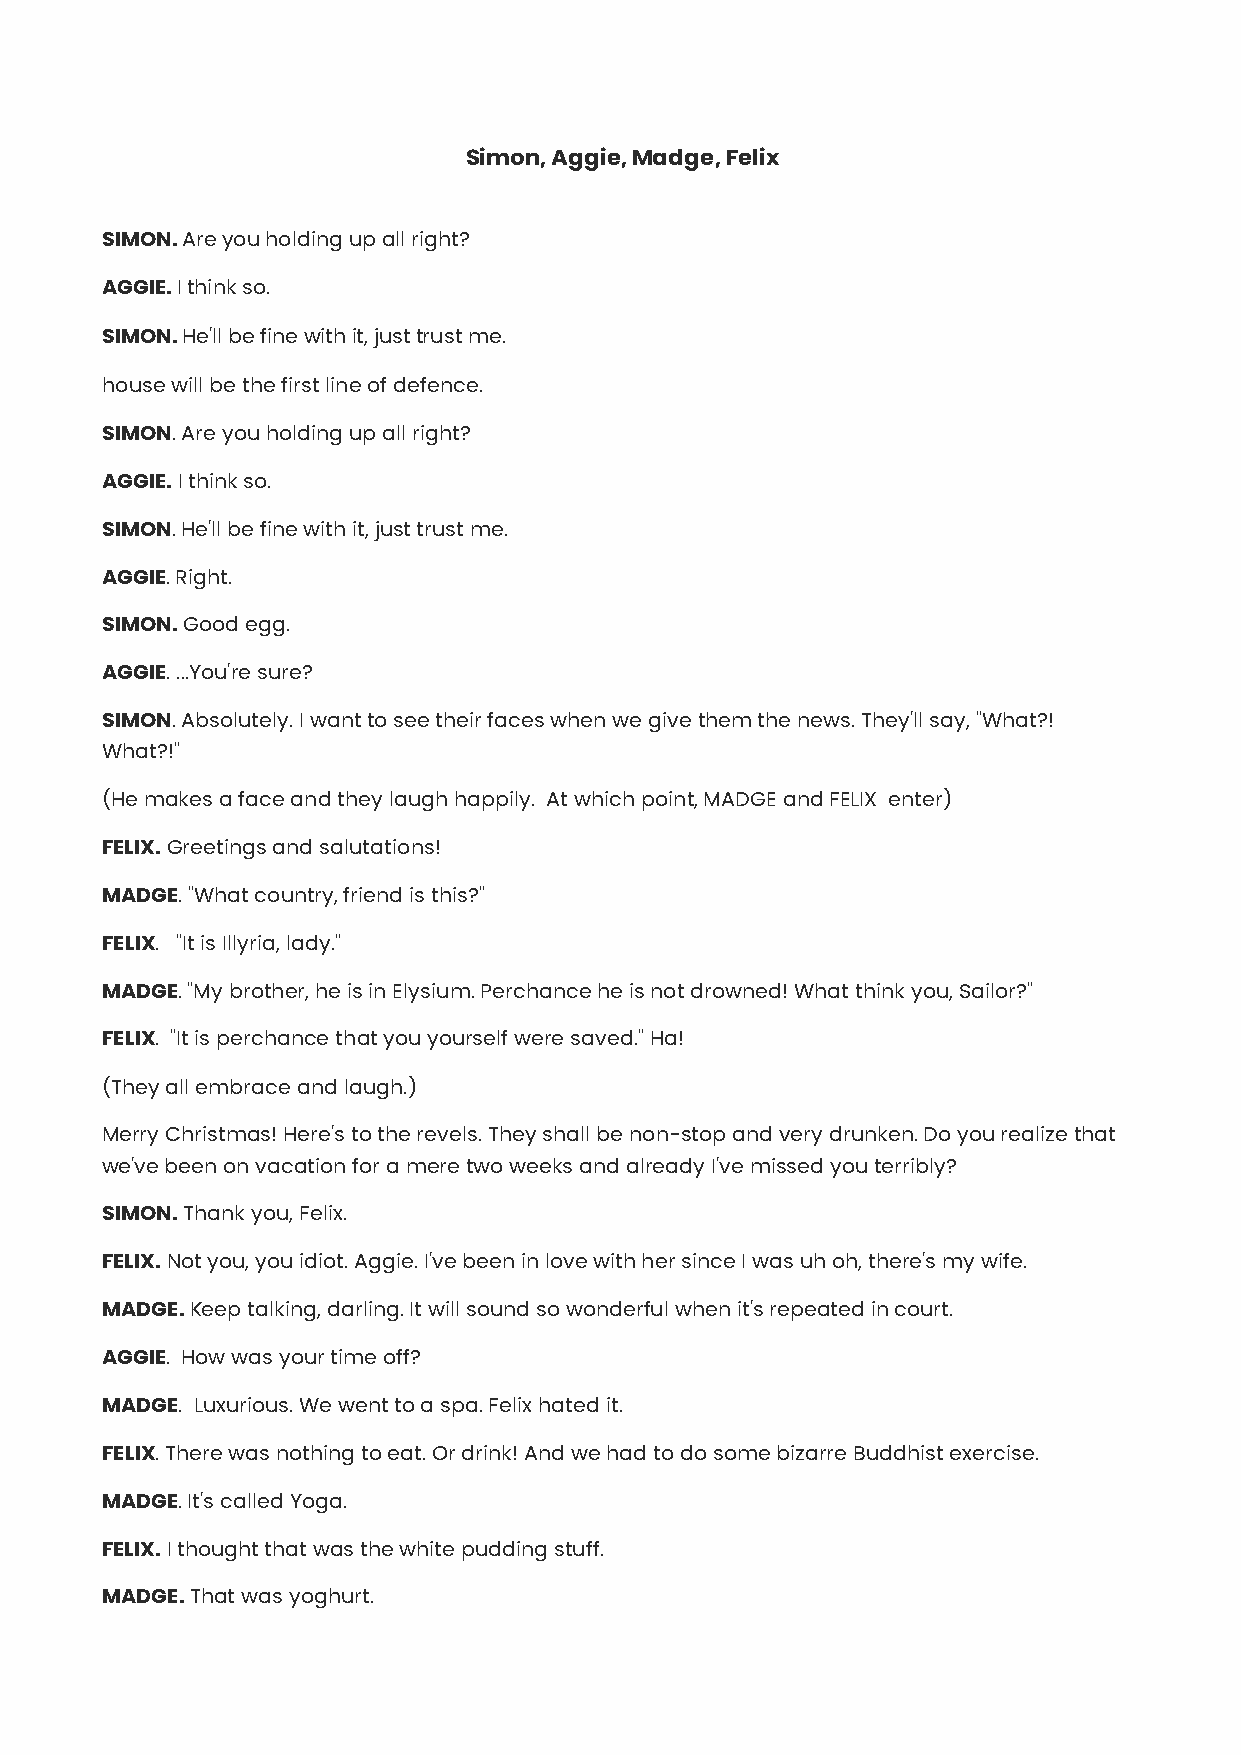
Simon, Aggie, Madge, Felix
 SIMON. Are you holding up all right?
 AGGIE. I think so.
 SIMON. He'll be fine with it, just trust me.
 house will be the first line of defence.
 SIMON. Are you holding up all right?
 AGGIE. I think so.
 SIMON. He'll be fine with it, just trust me.
 AGGIE. Right.
 SIMON. Good egg.
 AGGIE. ...You're sure?
 SIMON. Absolutely. I want to see their faces when we give them the news. They'll say, "What?!
 What?!"
 (He makes a face and they laugh happily. At which point, MADGE and FELIX enter)
 FELIX. Greetings and salutations!
 MADGE. "What country, friend is this?"
 FELIX. "It is Illyria, lady."
 MADGE. "My brother, he is in Elysium. Perchance he is not drowned! What think you, Sailor?"
 FELIX. "It is perchance that you yourself were saved." Ha!
 (They all embrace and laugh.)
 Merry Christmas! Here's to the revels. They shall be non-stop and very drunken. Do you realize that
 we've been on vacation for a mere two weeks and already I've missed you terribly?
 SIMON. Thank you, Felix.
 FELIX. Not you, you idiot. Aggie. I've been in love with her since I was uh oh, there's my wife.
 MADGE. Keep talking, darling. It will sound so wonderful when it's repeated in court.
 AGGIE. How was your time off?
 MADGE. Luxurious. We went to a spa. Felix hated it.
 FELIX. There was nothing to eat. Or drink! And we had to do some bizarre Buddhist exercise.
 MADGE. It's called Yoga.
 FELIX. I thought that was the white pudding stuff.
 MADGE. That was yoghurt.